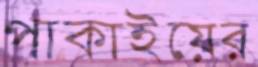
পাকাইয়ের